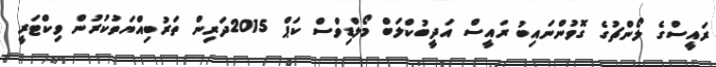
ރައީސްގެ ލޯންޗުގެ ގޮވުންނައިބު ރައީސް އަދީބުކްލަބް މޯލްޑިވްސް ކަޕް 2015ދަރިން ތަރުބިއްޔަތުކުރުން ވިކްޓަރީ